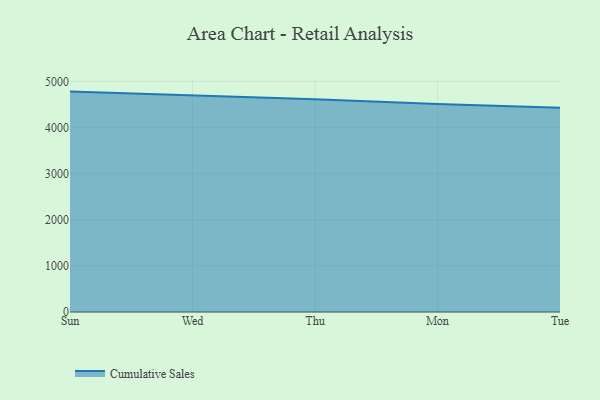
{"axis": {"x": "Day", "y": "Humidity (%)"}, "legend": ["Cumulative Sales"], "data": [{"x": "Sun", "y": 4779.3, "type": "Cumulative Sales"}, {"x": "Wed", "y": 4695.5, "type": "Cumulative Sales"}, {"x": "Thu", "y": 4614.9, "type": "Cumulative Sales"}, {"x": "Mon", "y": 4507.7, "type": "Cumulative Sales"}, {"x": "Tue", "y": 4428.6, "type": "Cumulative Sales"}]}